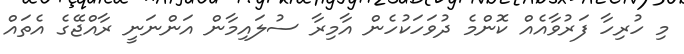
މި ހުރިހާ ފަރުވާއެއް ކޮންމެ ދުވަހަކުހެން އާމިރާ ސުލައިމާން އަންނަނީ ރާއްޖޭގެ އެތައް